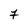
Character: 7